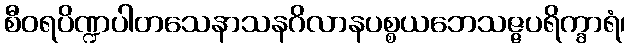
စီဝရပိဏ္ဍပါတသေနာသနဂိလာနပစ္စယဘေသဇ္ဇပရိက္ခာရံ၊